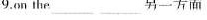
9.on the ___ 另一方面